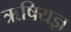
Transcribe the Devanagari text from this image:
ऋषियज्ञ